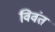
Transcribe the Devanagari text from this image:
विवंत